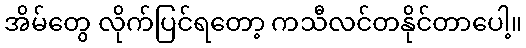
အိမ်တွေ လိုက်ပြင်ရတော့ ကသီလင်တနိုင်တာပေါ့။